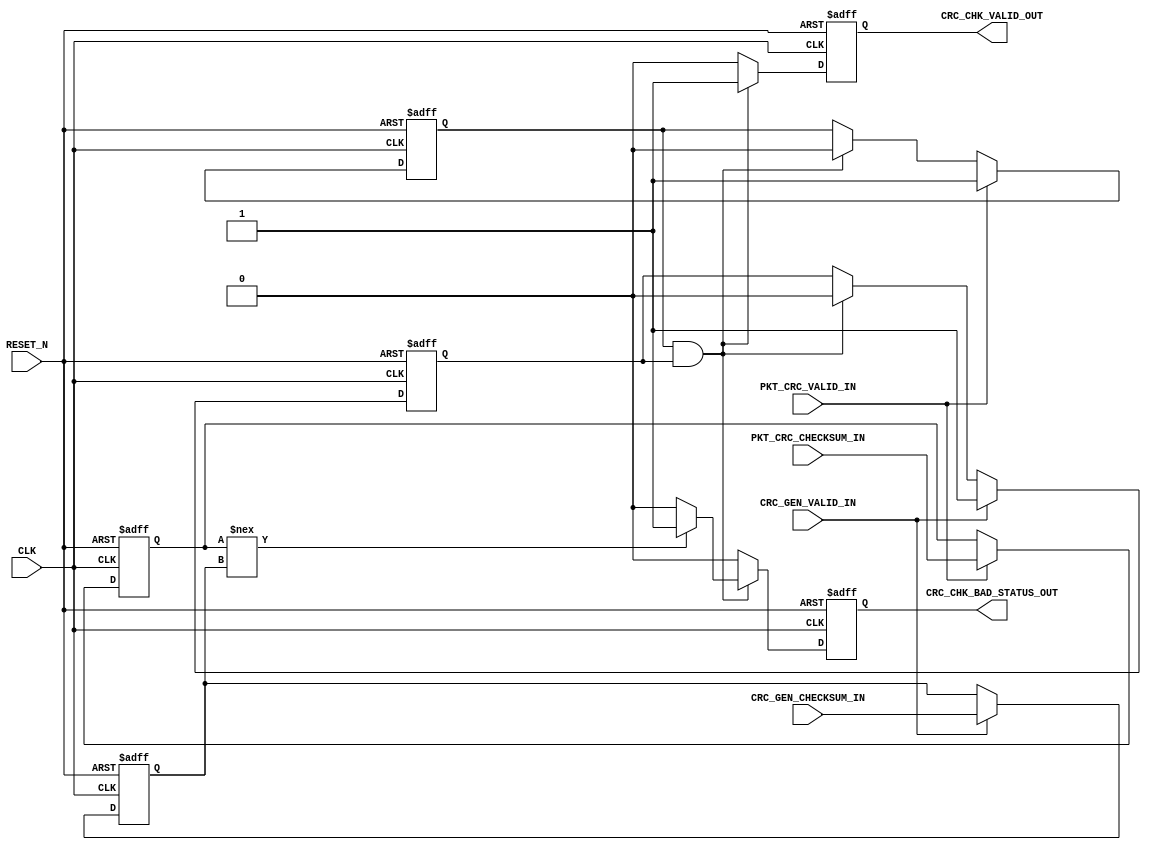
// Copyright 2012 Altera Corporation. All rights reserved.  
// Altera products are protected under numerous U.S. and foreign patents, 
// maskwork rights, copyrights and other intellectual property laws.  
//
// This reference design file, and your use thereof, is subject to and governed
// by the terms and conditions of the applicable Altera Reference Design 
// License Agreement (either as signed by you or found at www.altera.com).  By
// using this reference design file, you indicate your acceptance of such terms
// and conditions between you and Altera Corporation.  In the event that you do
// not agree with such terms and conditions, you may not use the reference 
// design file and please promptly destroy any copies you have made.
//
// This reference design file is being provided on an "as-is" basis and as an 
// accommodation and therefore all warranties, representations or guarantees of 
// any kind (whether express, implied or statutory) including, without 
// limitation, warranties of merchantability, non-infringement, or fitness for
// a particular purpose, are specifically disclaimed.  By making this reference
// design file available, Altera expressly does not recommend, suggest or 
// require that this reference design file be used in combination with any 
// other product not provided by Altera.
/////////////////////////////////////////////////////////////////////////////
// 
// CRC Comparator
//	Compare the two CRC input value
//	- CRC from Ethernet Packet and CRC Generator
//
// Author:
// Cher Jier Yap 	- 05-09-2012 
//   
// Revision:
// 05-09-2012 - intial version

module crc_comparator (
	CLK,
	RESET_N,
	
	PKT_CRC_VALID_IN,
	PKT_CRC_CHECKSUM_IN,
	
	CRC_GEN_VALID_IN,
	CRC_GEN_CHECKSUM_IN,
	
	CRC_CHK_VALID_OUT,
	CRC_CHK_BAD_STATUS_OUT
);

parameter	CRC_WIDTH = 32;			//CRC32

input						CLK;
input						RESET_N;
	
input						PKT_CRC_VALID_IN;
input	[CRC_WIDTH-1:0]		PKT_CRC_CHECKSUM_IN;
	
input						CRC_GEN_VALID_IN;
input	[CRC_WIDTH-1:0]		CRC_GEN_CHECKSUM_IN;
	
output						CRC_CHK_VALID_OUT;
output						CRC_CHK_BAD_STATUS_OUT;

reg		pkt_crc_ready;
reg		crc_gen_ready;
reg		[CRC_WIDTH-1:0]		pkt_crc_checksum;
reg		[CRC_WIDTH-1:0]		crc_gen_checksum;
reg							CRC_CHK_VALID_OUT;
reg							CRC_CHK_BAD_STATUS_OUT;

always @(posedge CLK or negedge RESET_N)
	if (!RESET_N)
		pkt_crc_ready <= 1'b0;
	else if (PKT_CRC_VALID_IN)
		pkt_crc_ready <= 1'b1;
	else if (pkt_crc_ready && crc_gen_ready)
		pkt_crc_ready <= 1'b0;
		
always @(posedge CLK or negedge RESET_N)
	if (!RESET_N)
		crc_gen_ready <= 1'b0;
	else if (CRC_GEN_VALID_IN)
		crc_gen_ready <= 1'b1;
	else if (pkt_crc_ready && crc_gen_ready)
		crc_gen_ready <= 1'b0;		
	
always @(posedge CLK or negedge RESET_N)
	if (!RESET_N)
		pkt_crc_checksum <= {CRC_WIDTH{1'b0}};
	else if (PKT_CRC_VALID_IN)
		pkt_crc_checksum <= PKT_CRC_CHECKSUM_IN;
		
always @(posedge CLK or negedge RESET_N)
	if (!RESET_N)
		crc_gen_checksum <= {CRC_WIDTH{1'b0}};
	else if (CRC_GEN_VALID_IN)
		crc_gen_checksum <= CRC_GEN_CHECKSUM_IN;		 				

always @(posedge CLK or negedge RESET_N)
	if (!RESET_N)
		CRC_CHK_VALID_OUT <= 1'b0;
	else if (pkt_crc_ready && crc_gen_ready)
		CRC_CHK_VALID_OUT <= 1'b1;
	else
		CRC_CHK_VALID_OUT <= 1'b0;	
	   		
always @(posedge CLK or negedge RESET_N)
	if (!RESET_N) begin
		CRC_CHK_BAD_STATUS_OUT <= 1'b0;
	end
	else if (pkt_crc_ready && crc_gen_ready) begin
		if (pkt_crc_checksum !== crc_gen_checksum)
			CRC_CHK_BAD_STATUS_OUT <= 1'b1;
		else
			CRC_CHK_BAD_STATUS_OUT <= 1'b0;   
	end
	else begin
		CRC_CHK_BAD_STATUS_OUT <= 1'b0;
	end

endmodule